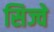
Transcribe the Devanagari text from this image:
सिज्वे